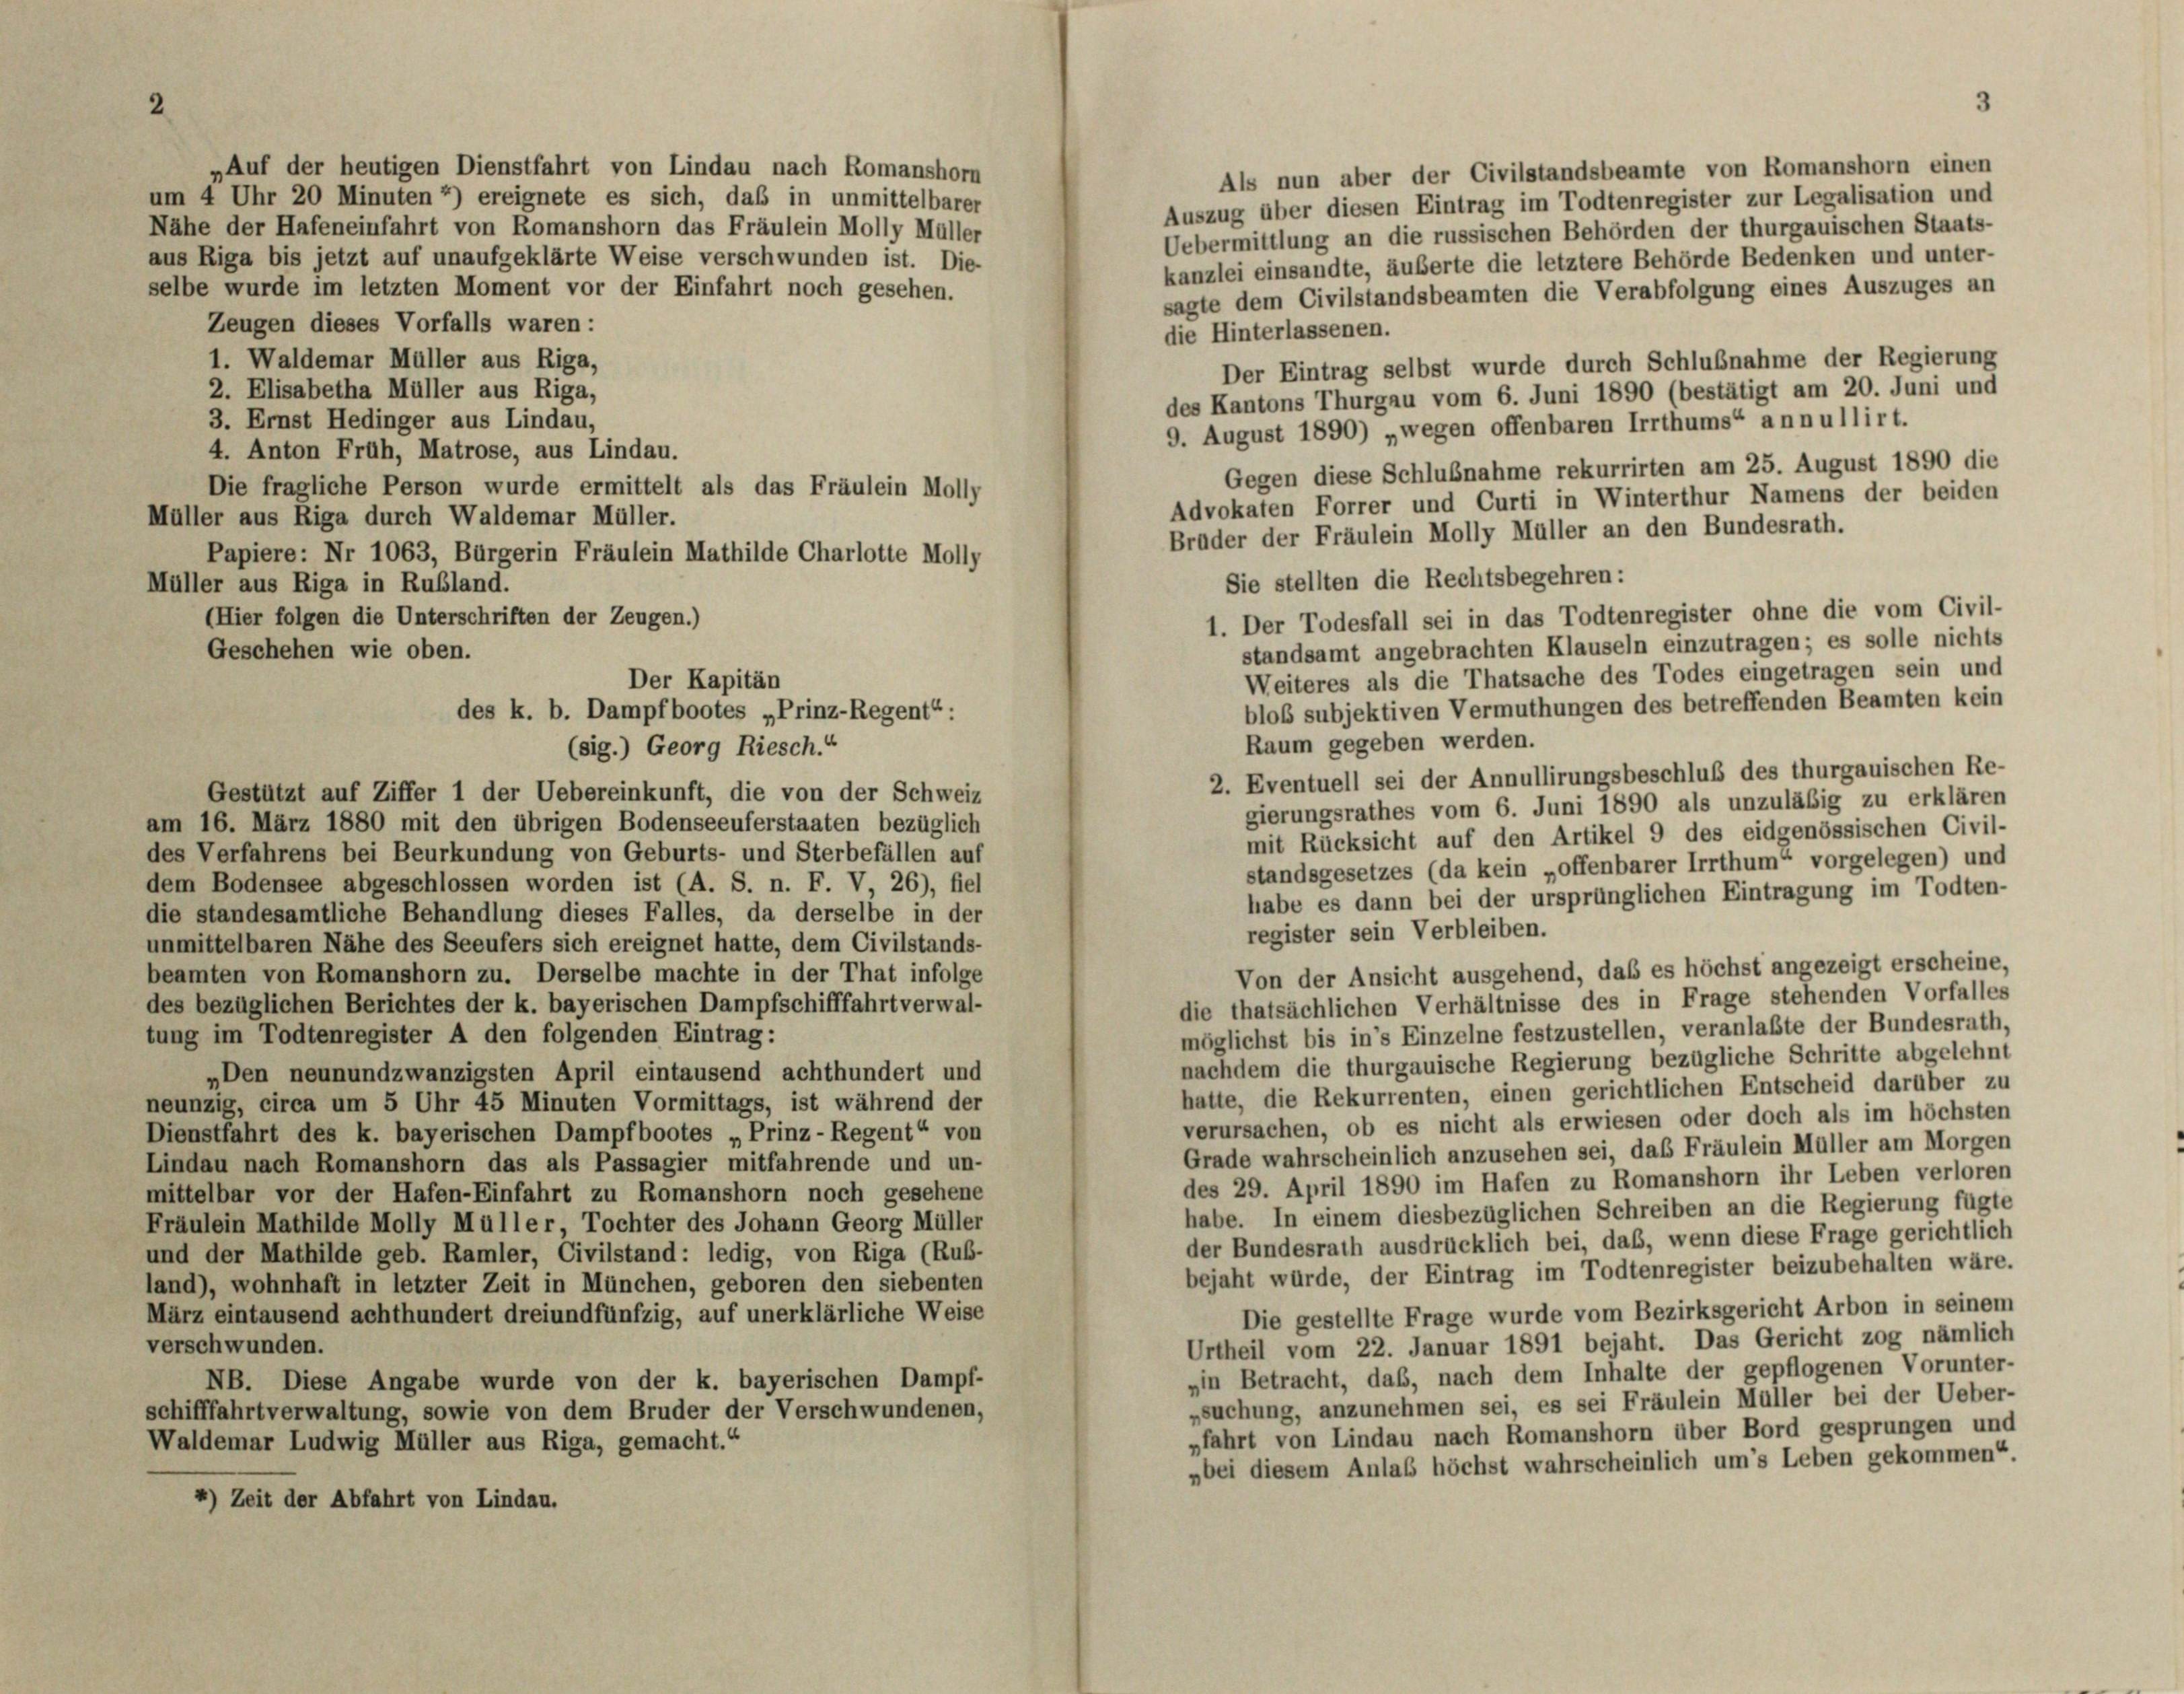
2

Als nun aber der Civilstandsbeamte von Romanshorn einen
um 4 Uhr 20 Minuten 2) ereignete es sich, das in unmittelbarer
Auszug über diesen Eintrag im Todtenregister zur Legalisation und
Nähe der Hafeneinfahrt von Romanshorn das Fräulein Molly Müller
Uebermittlung an die russischen Behörden der thurgauischen Staats-
aus Riga bis jetzt auf unaufgeklärte Weise verschwunden ist. Die
kanzlei einsandte, äußerte die letztere Behörde Bedenken und unter-
selbe wurde im letzten Moment vor der Einfahrt noch gesehen.
sagte dem Civilstandsbeamten die Verabfolgung eines Auszuges an
Zeugen dieses Vorfalls waren:
die Hinterlassenen.
1. Waldemar Müller aus Riga,
Der Eintrag selbst wurde durch Schlußnahme der Regierung
2. Elisabetha Müller aus Riga,
des Kantons Thurgau vom 6. Juni 1890 (bestätigt am 20. Juni und
3. Ernst Hedinger aus Lindau,
9. August 1890) „wegen offenbaren Irrthums“ annullirt.
4. Anton Früh, Matrose, aus Lindau.
Gegen diese Schlußnahme rekurrirten am 25. August 1890 die
Die fragliche Person wurde ermittelt als das Fräulein Molly
Advokaten Forrer und Curti in Winterthur Namens der beiden
Müller aus Riga durch Waldemar Müller.
Brüder der Fräulein Molly Müller an den Bundesrath.
Papiere: Nr 1063, Bürgerin Fräulein Mathilde Charlotte Molly
Sie stellten die Rechtsbegehren:
Müller aus Riga in Rußland.
1. Der Todesfall sei in das Todtenregister ohne die vom Civil-
(Hier folgen die Unterschriften der Zeugen.)
standsamt angebrachten Klauseln einzutragen; es solle nichts
Geschehen wie oben.
Weiteres als die Thatsache des Todes eingetragen sein und
Der Kapitän
blos subjektiven Vermuthungen des betreffenden Beamten kein
des k. b. Dampfbootes „Prinz-Regent“:
Raum gegeben werden.
(sig.) Georg Riesch.“
2. Eventuell sei der Annullirungsbeschluß des thurgauischen Re-
Gestützt auf Ziffer 1 der Uebereinkunft, die von der Schweiz
gierungsrathes vom 6. Juni 1890 als unzuläßig zu erklären
am 16. März 1880 mit den übrigen Bodenseeuferstaaten bezüglich
mit Rücksicht auf den Artikel 9 des eidgenössischen Civil-
des Verfahrens bei Beurkundung von Geburts- und Sterbefällen auf
standsgesetzes (da kein „offenbarer Irrthum“ vorgelegen) und
dem Bodensee abgeschlossen worden ist (A. S. n. F. V, 26), fiel
habe es dann bei der ursprünglichen Eintragung im Todten-
die standesamtliche Behandlung dieses Falles, da derselbe in der
register sein Verbleiben.
unmittelbaren Nähe des Seeufers sich ereignet hatte, dem Civilstands-
Von der Ansicht ausgehend, daß es höchst angezeigt erscheine,
beamten von Romanshorn zu. Derselbe machte in der That infolge
die thatsächlichen Verhältnisse des in Frage stehenden Vorfalles
des bezüglichen Berichtes der k. bayerischen Dampfschifffahrt verwal-
möglichst bis in’s Einzelne festzustellen, veranlaßte der Bundesrath,
tung im Todtenregister A den folgenden Eintrag:
nachdem die thurgauische Regierung bezügliche Schritte abgelehnt
„Den neunundzwanzigsten April eintausend achthundert und
hatte, die Rekurrenten, einen gerichtlichen Entscheid darüber zu
neunzig, circa um 5 Uhr 45 Minuten Vormittags, ist während der
verursachen, ob es nicht als erwiesen oder doch als im höchsten
Dienstfahrt des k. bayerischen Dampfbootes „Prinz-Regent“ von
Grade wahrscheinlich anzusehen sei, das Fräulein Müller am Morgen
Lindau nach Romanshorn das als Passagier mitfahrende und un-
des 29. April 1890 im Hafen zu Romanshorn ihr Leben verloren
mittelbar vor der Hafen-Einfahrt zu Romanshorn noch gesehene
habe. In einem diesbezüglichen Schreiben an die Regierung fügte
Fräulein Mathilde Molly Müller, Tochter des Johann Georg Müller
der Bundesrath ausdrücklich bei, daß, wenn diese Frage gerichtlich
und der Mathilde geb. Ramler, Civilstand: ledig, von Riga (Rub-
bejaht würde, der Eintrag im Todtenregister beizubehalten wäre.
land), wohnhaft in letzter Zeit in München, geboren den siebenten
Die gestellte Frage wurde vom Bezirksgericht Arbon in seinem
März eintausend achthundert dreiundfünfzig, auf unerklärliche Weise
Urtheil vom 22. Januar 1891 bejaht. Das Gericht zog nämlich
verschwunden.
»in Betracht, daß, nach dem Inhalte der gepflogenen Vorunter-
NB. Diese Angabe wurde von der k. bayerischen Dampf-
„suchung, anzunehmen sei, es sei Fräulein Müller bei der Ueber-
schifffahrt verwaltung, sowie von dem Bruder der Verschwundenen,
„fahrt von Lindau nach Romanshorn über Bord gesprungen und
Waldemar Ludwig Müller aus Riga, gemacht.“
„bei diesem Anlas höchst wahrscheinlich um’s Leben gekommen“
4) Zeit der Abfahrt von Lindau.

3